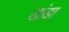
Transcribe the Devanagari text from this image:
ढांडा